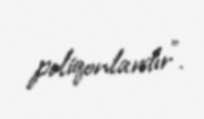
poliqonlardır”.